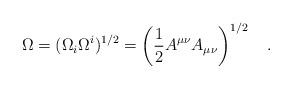
LaTeX: \begin{align*}\Omega=(\Omega_i \Omega^i)^{1/2}=\left(\frac 12 A^{\mu\nu}A_{\mu\nu}\right)^{1/2}~~~.\end{align*}